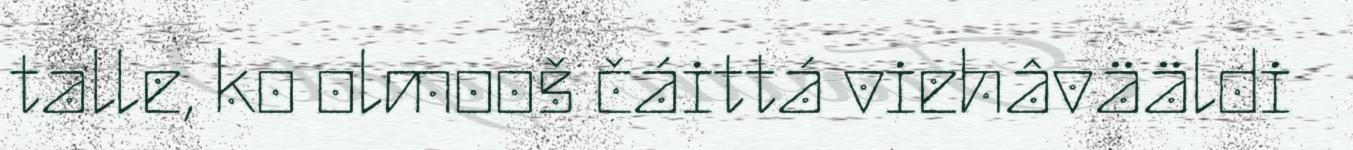
talle, ko olmooš čáittá viehâvääldi